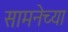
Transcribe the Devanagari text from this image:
सामनेच्या